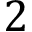
2